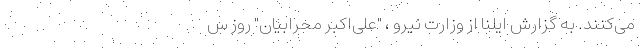
می‌کنند. به گزارش ایلنا از وزارت نیرو ، "علی‌اکبر محرابیان" روز س